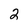
Character: 2